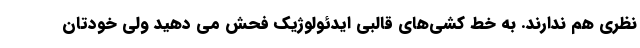
نظری هم ندارند. به خط کشی‌های قالبی ایدئولوژیک فحش می دهید ولی خودتان